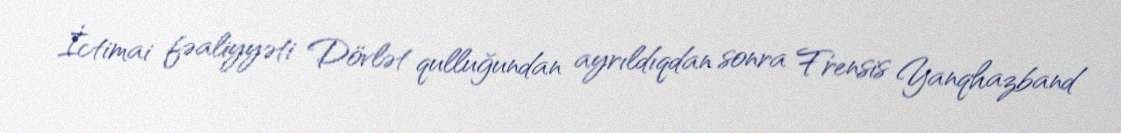
İctimai fəaliyyəti Dövlət qulluğundan ayrıldıqdan sonra Frensis Yanqhazband